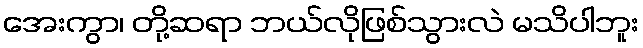
အေးကွာ၊ တို့ဆရာ ဘယ်လိုဖြစ်သွားလဲ မသိပါဘူး